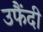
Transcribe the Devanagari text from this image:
उफैंदी